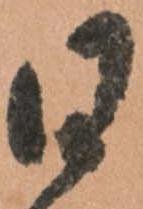
日